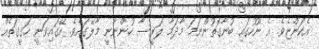
އެކަންޏެވެ. އެ ނޫހުގައި ބުނާގޮތުންނަމަ މާދަމާ ލަރީސާ ހުންނާނީ މާލޭގައެވެ. އޭގައިވަނީ ހަގީގަތެއް